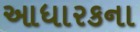
આધારકના